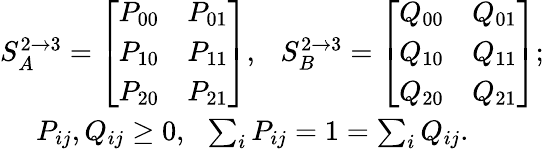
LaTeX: \begin{array}{r}{S_{A}^{2\to 3}=\left[{\begin{array}{ccccc}{P_{00}}&{P_{01}}\\ {P_{10}}&{P_{11}}\\ {P_{20}}&{P_{21}}\end{array}}\right],~~~S_{B}^{2\to 3}=\left[{\begin{array}{ccccc}{Q_{00}}&{Q_{01}}\\ {Q_{10}}&{Q_{11}}\\ {Q_{20}}&{Q_{21}}\end{array}}\right];}\\ {P_{ij},Q_{ij}\ge 0,~~\sum_{i}P_{ij}=1=\sum_{i}Q_{ij}.~~~~~~~~~~}\end{array}